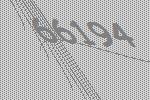
66194